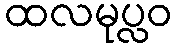
ထလမုပ္လဝ